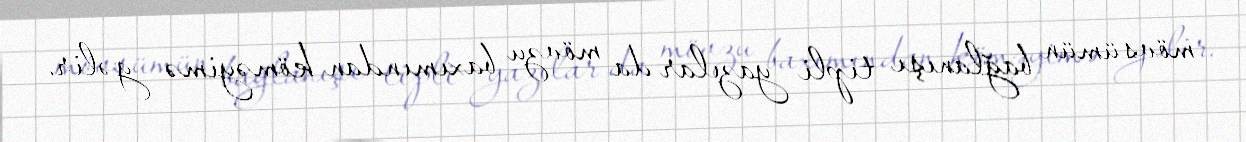
mövsümün bağlanışı tipli yazılar da mövzu baxımından köməyimə gəlir.